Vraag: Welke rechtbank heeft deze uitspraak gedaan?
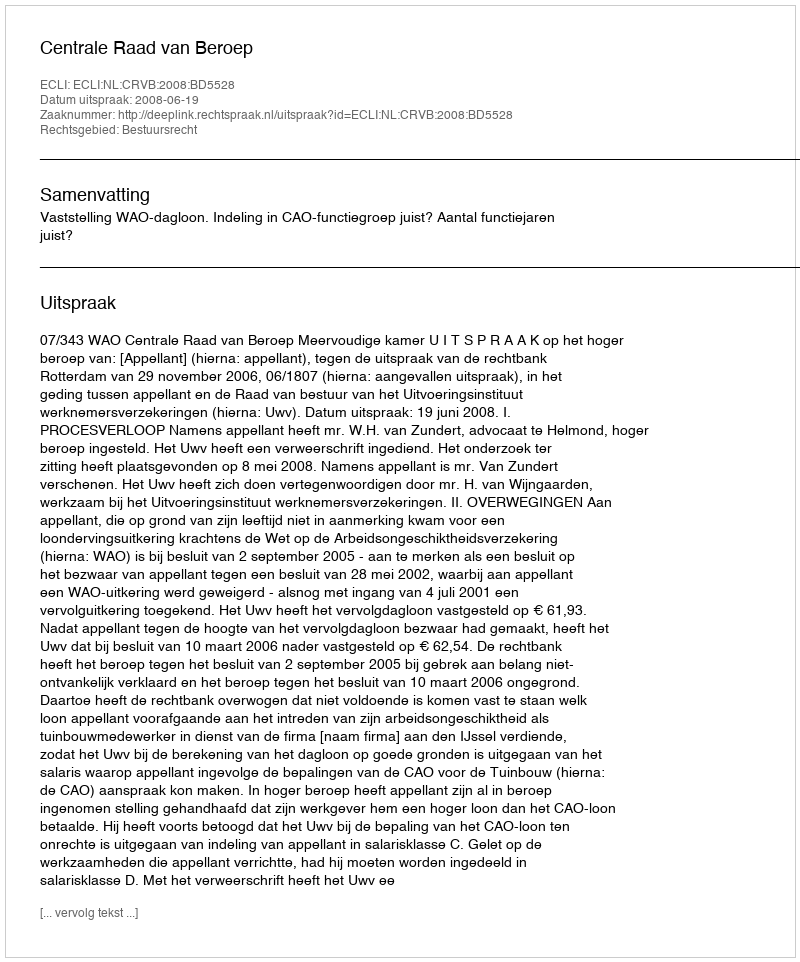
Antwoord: Centrale Raad van Beroep